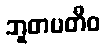
ဘူတပတီဝ